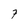
Character: 7